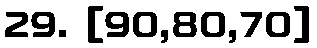
29. [90,80,70]